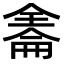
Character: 𠓹